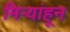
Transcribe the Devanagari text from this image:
मिऱ्यांहून